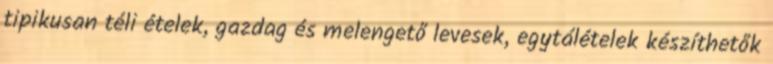
tipikusan téli ételek, gazdag és melengető levesek, egytálételek készíthetők